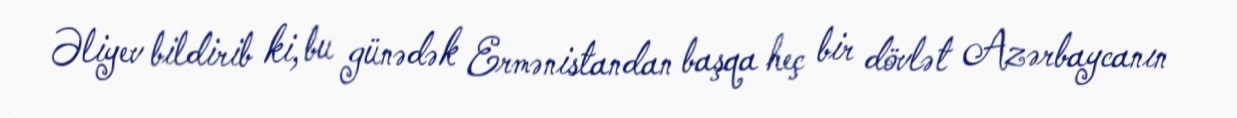
Əliyev bildirib ki, bu günədək Ermənistandan başqa heç bir dövlət Azərbaycanın